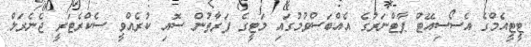
ޓީޓީއެމްގެ އެސޯސިއޭޓް ޕާޓްނަރުގެ އެއްބަސްވުމުގައި މަޓީގެ ފަރާތުން ސޮއި ކުރެއްވީ ސެކްރެޓަރީ ޖެނެރަލް